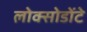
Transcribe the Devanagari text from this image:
लोक्सोडोंटे